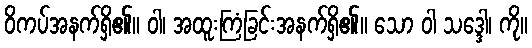
ဝိကပ်အနက်ရှိ၏။ ဝါ၊ အထူးကြံခြင်းအနက်ရှိ၏။ သော ဝါ သဒ္ဒေါ၊ ကို။